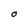
Character: O